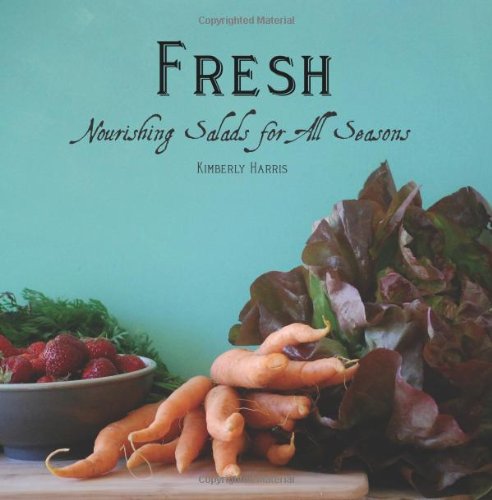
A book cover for Fresh: Nourishing Salads for All Seasons; Kimberly Harris; Cookbooks, Food & Wine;